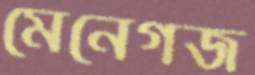
মেনেগজ